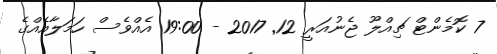
7 ކޮމެންޓް ޗިއްލޫ ޖެނުއަރީ 12